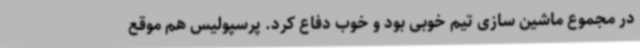
در مجموع ماشین سازی تیم خوبی بود و خوب دفاع کرد. پرسپولیس هم موقع